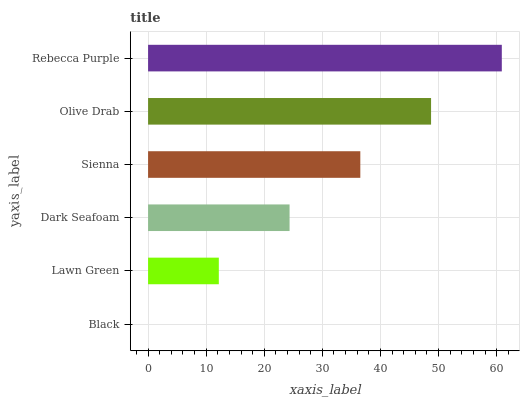
| yaxis_label | bars |
 | --- | --- |
 | Black | 0 |
 | Lawn Green | 12.2 |
 | Dark Seafoam | 24.4 |
 | Sienna | 36.5 |
 | Olive Drab | 48.7 |
 | Rebecca Purple | 60.9 |